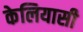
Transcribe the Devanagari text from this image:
केलियासी